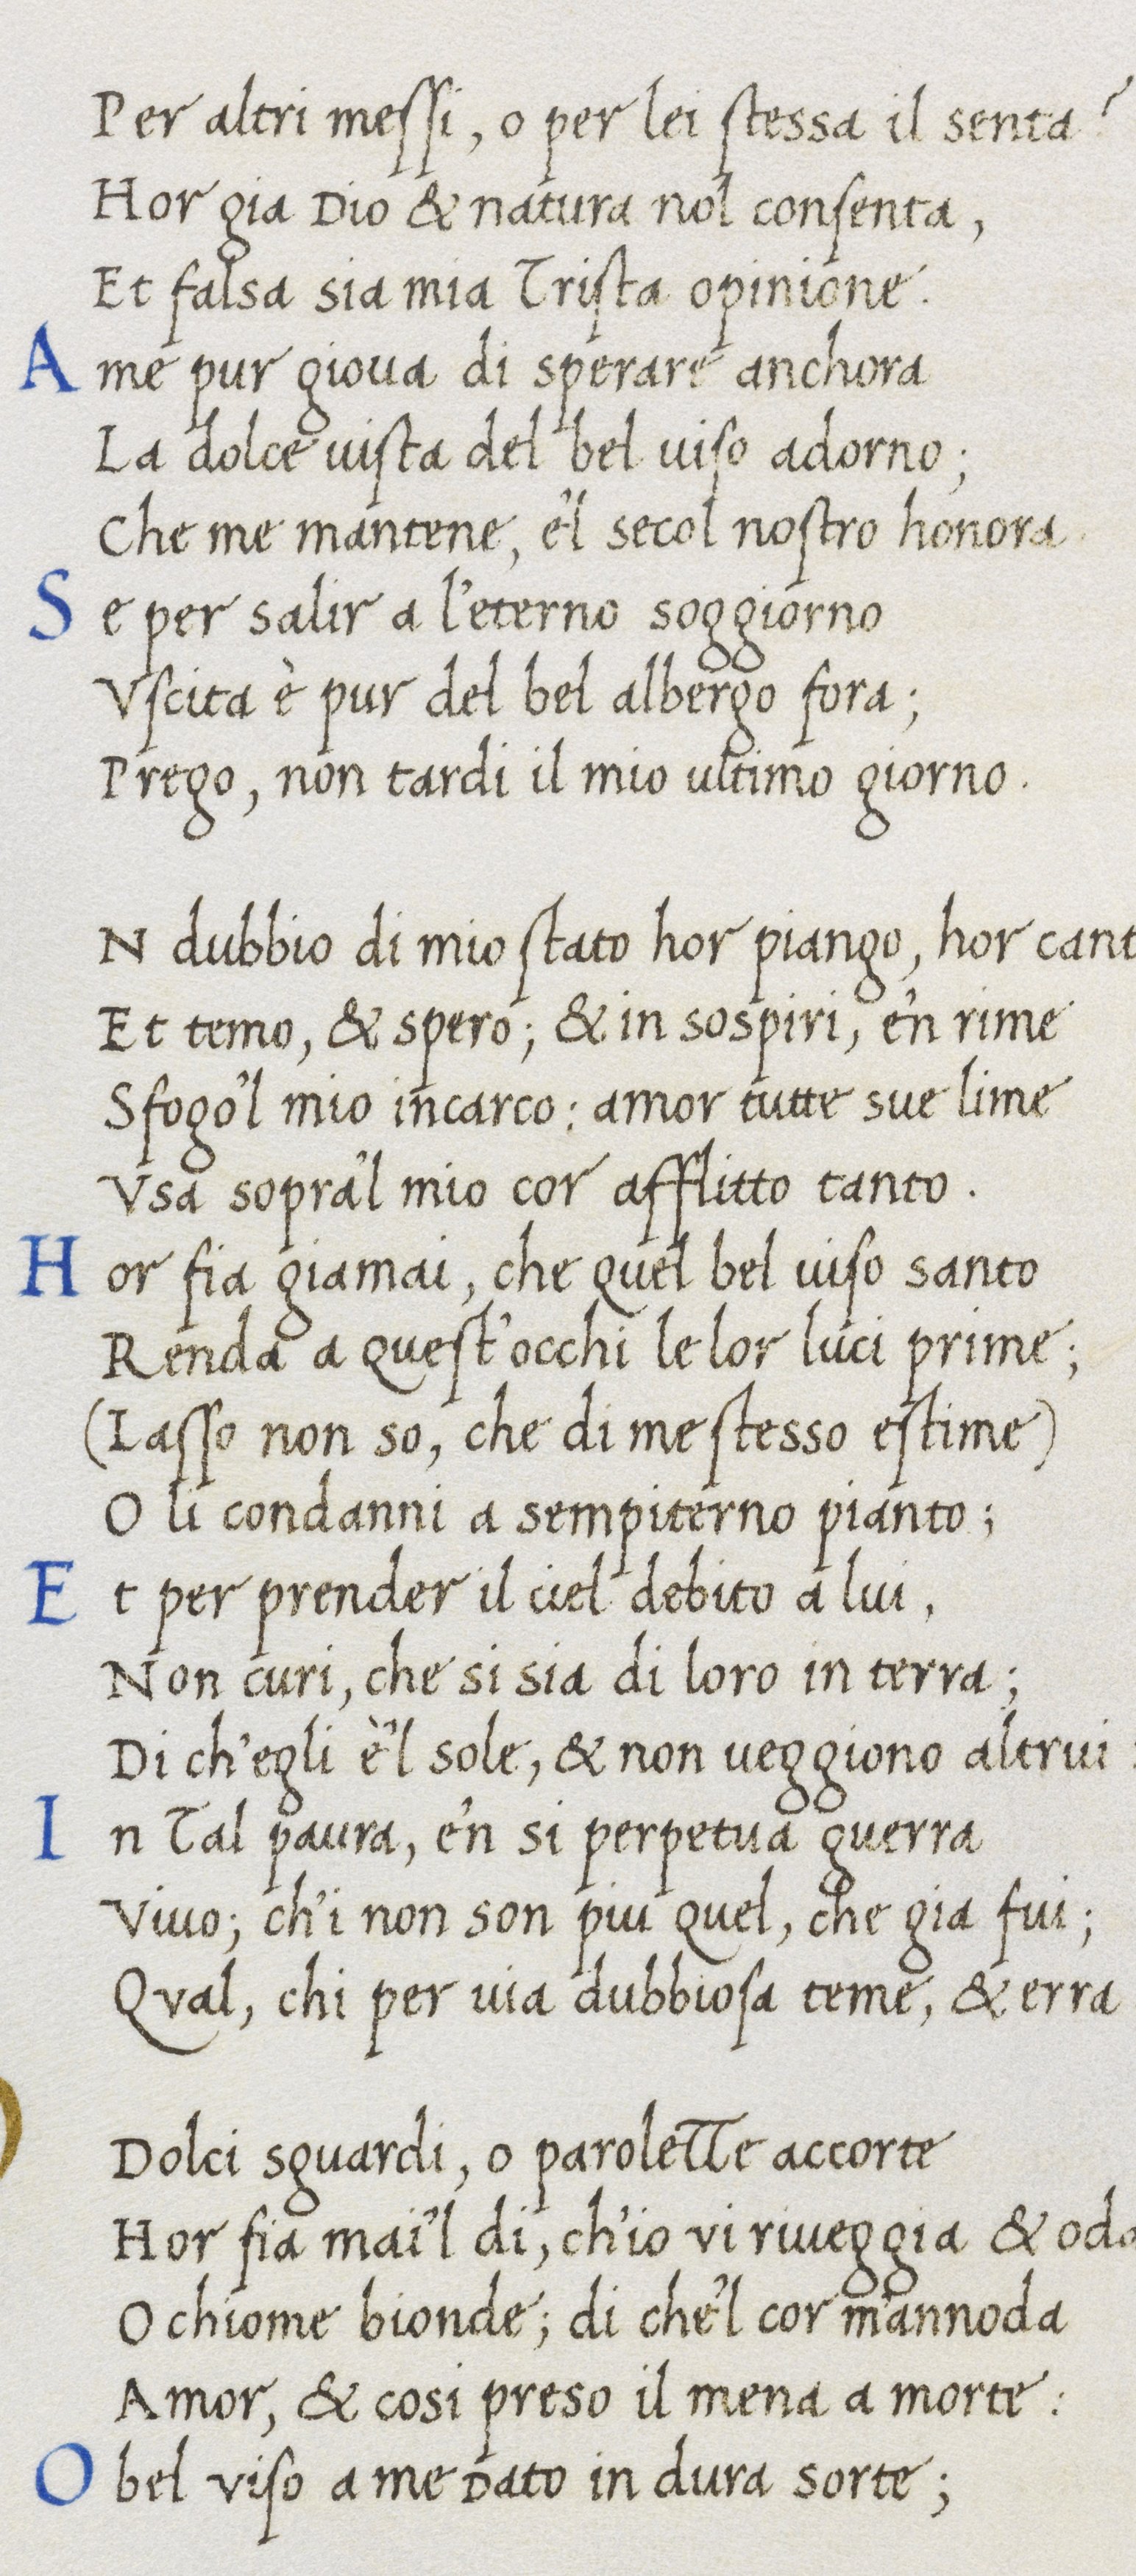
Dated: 1400–1499